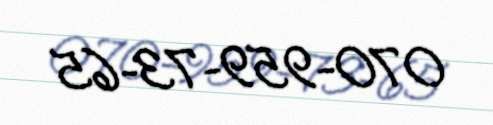
070-959-73-65